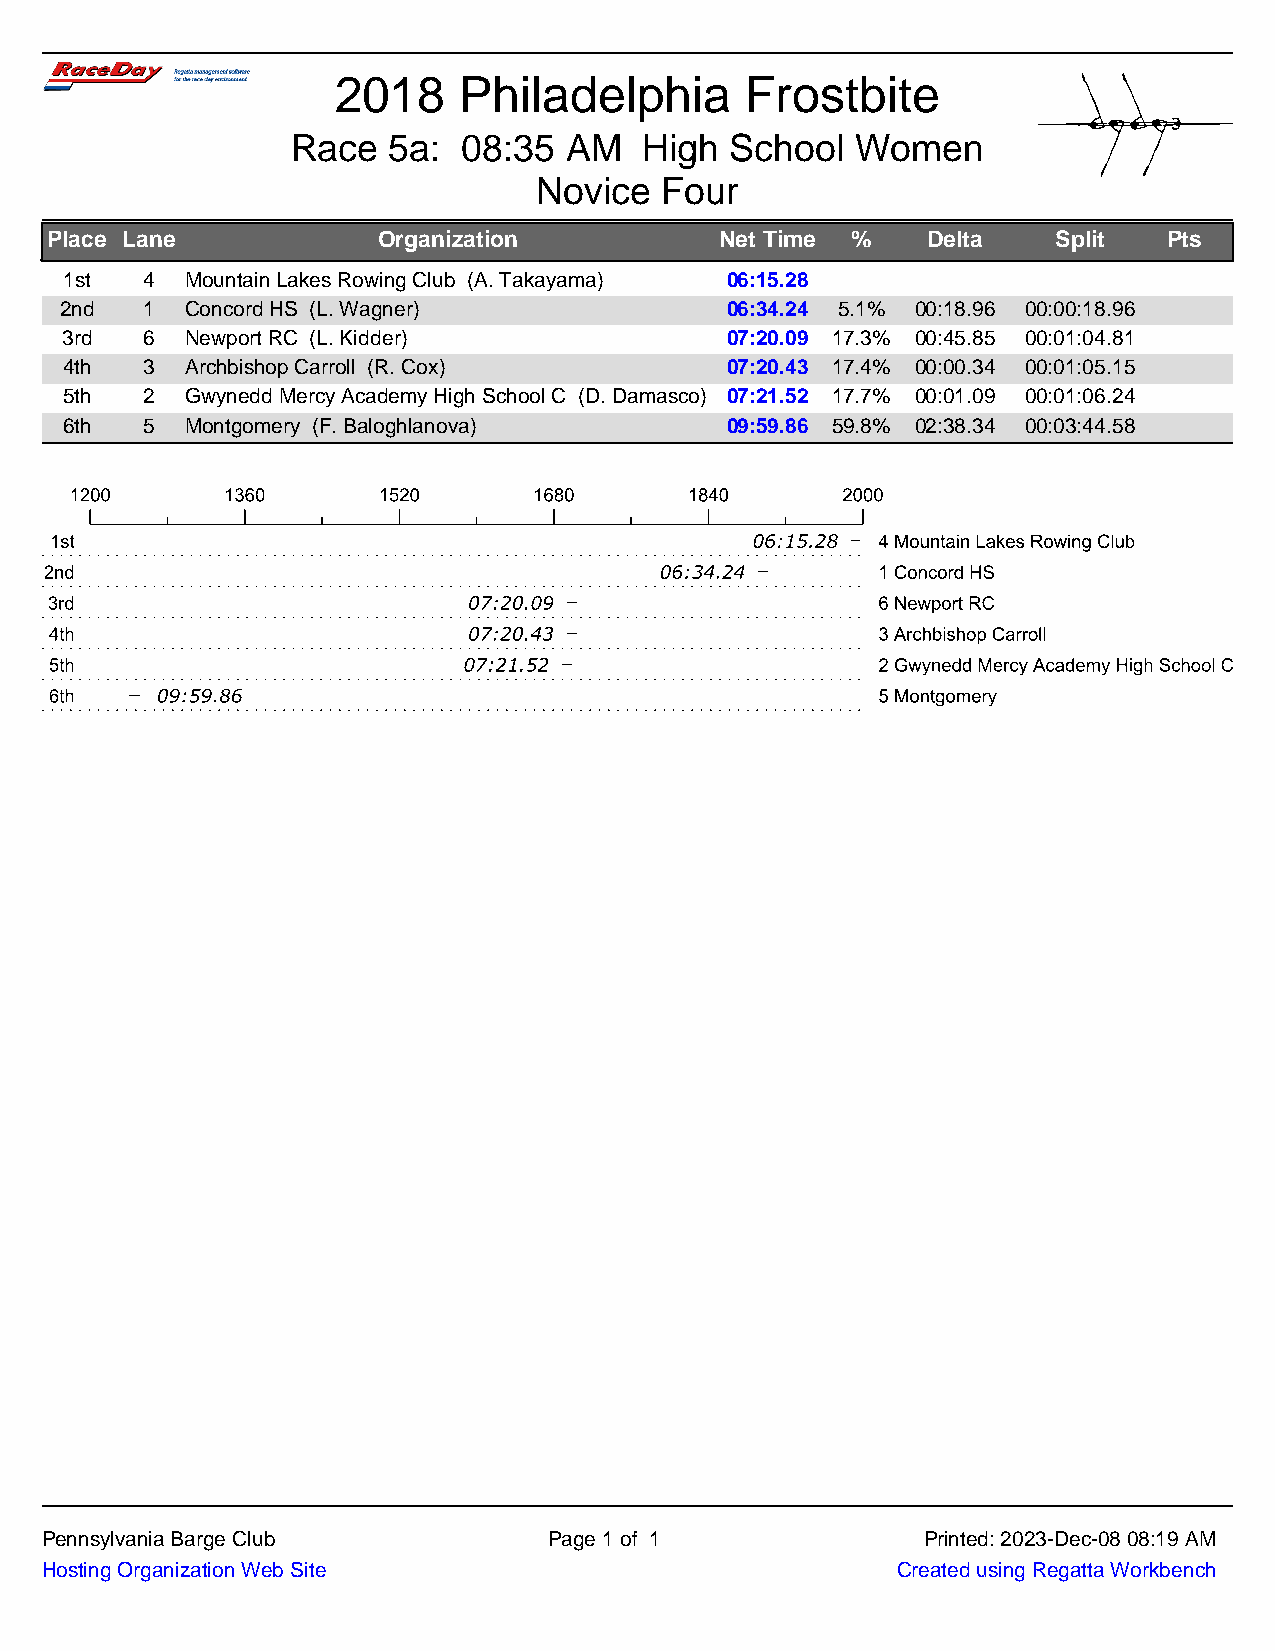
2018    Philadelphia       Frostbite
 Race   5a:  08:35 AM    High School   Women
 Novice  Four
 Place Lane            Organization           Net Time %   Delta    Split  Pts
 1st  4  Mountain Lakes Rowing Club (A. Takayama) 06:15.28
 2nd  1  Concord HS (L. Wagner)              06:34.24 5.1% 00:18.96 00:00:18.96
 3rd  6  Newport RC (L. Kidder)              07:20.09 17.3% 00:45.85 00:01:04.81
 4th  3  Archbishop Carroll (R. Cox)         07:20.43 17.4% 00:00.34 00:01:05.15
 5th  2  Gwynedd Mercy Academy High School C (D. Damasco) 07:21.52 17.7% 00:01.09 00:01:06.24
 6th  5  Montgomery (F. Baloghlanova)        09:59.86 59.8% 02:38.34 00:03:44.58
 Pennsylvania Barge Club          Page 1 of 1              Printed: 2023-Dec-08 08:19 AM
 Hosting Organization Web Site                           Created using Regatta Workbench